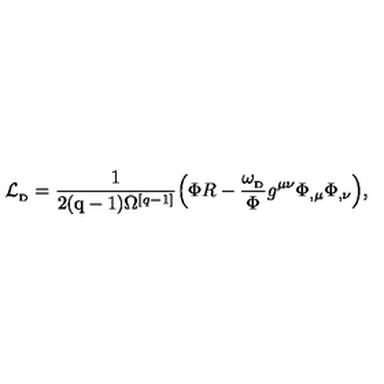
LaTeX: { \cal L } _ { _ \mathrm { D } } = { \frac { 1 } { 2 ( \mathrm { q - 1 } ) \Omega ^ { [ q - 1 ] } } } \Big ( \Phi R - { \frac { \omega _ { _ \mathrm { D } } } { \Phi } } g ^ { \mu \nu } \Phi _ { , \mu } \Phi _ { , \nu } \Big ) ,